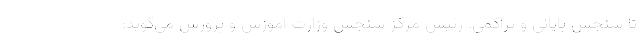
تا سنجش پایانی و تراکمی. رئیس مرکز سنجش وزارت آموزش و پرورش می‌گوید: